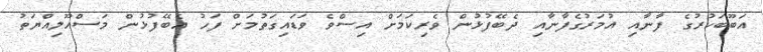
އަބޫބަކުރުގެ ފާނާއި އުމަރުގެފާނާއި ދެބޭފުޅުން ވެރިކަމަށް އިސްވެ ވަޑައިގަތުމަށް ފަހު އެބޭފުޅުން މަސްއޫލިއްޔަތު